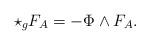
LaTeX: \begin{align*} \star_{g}F_{A}=-\Phi\wedge F_{A}.\end{align*}